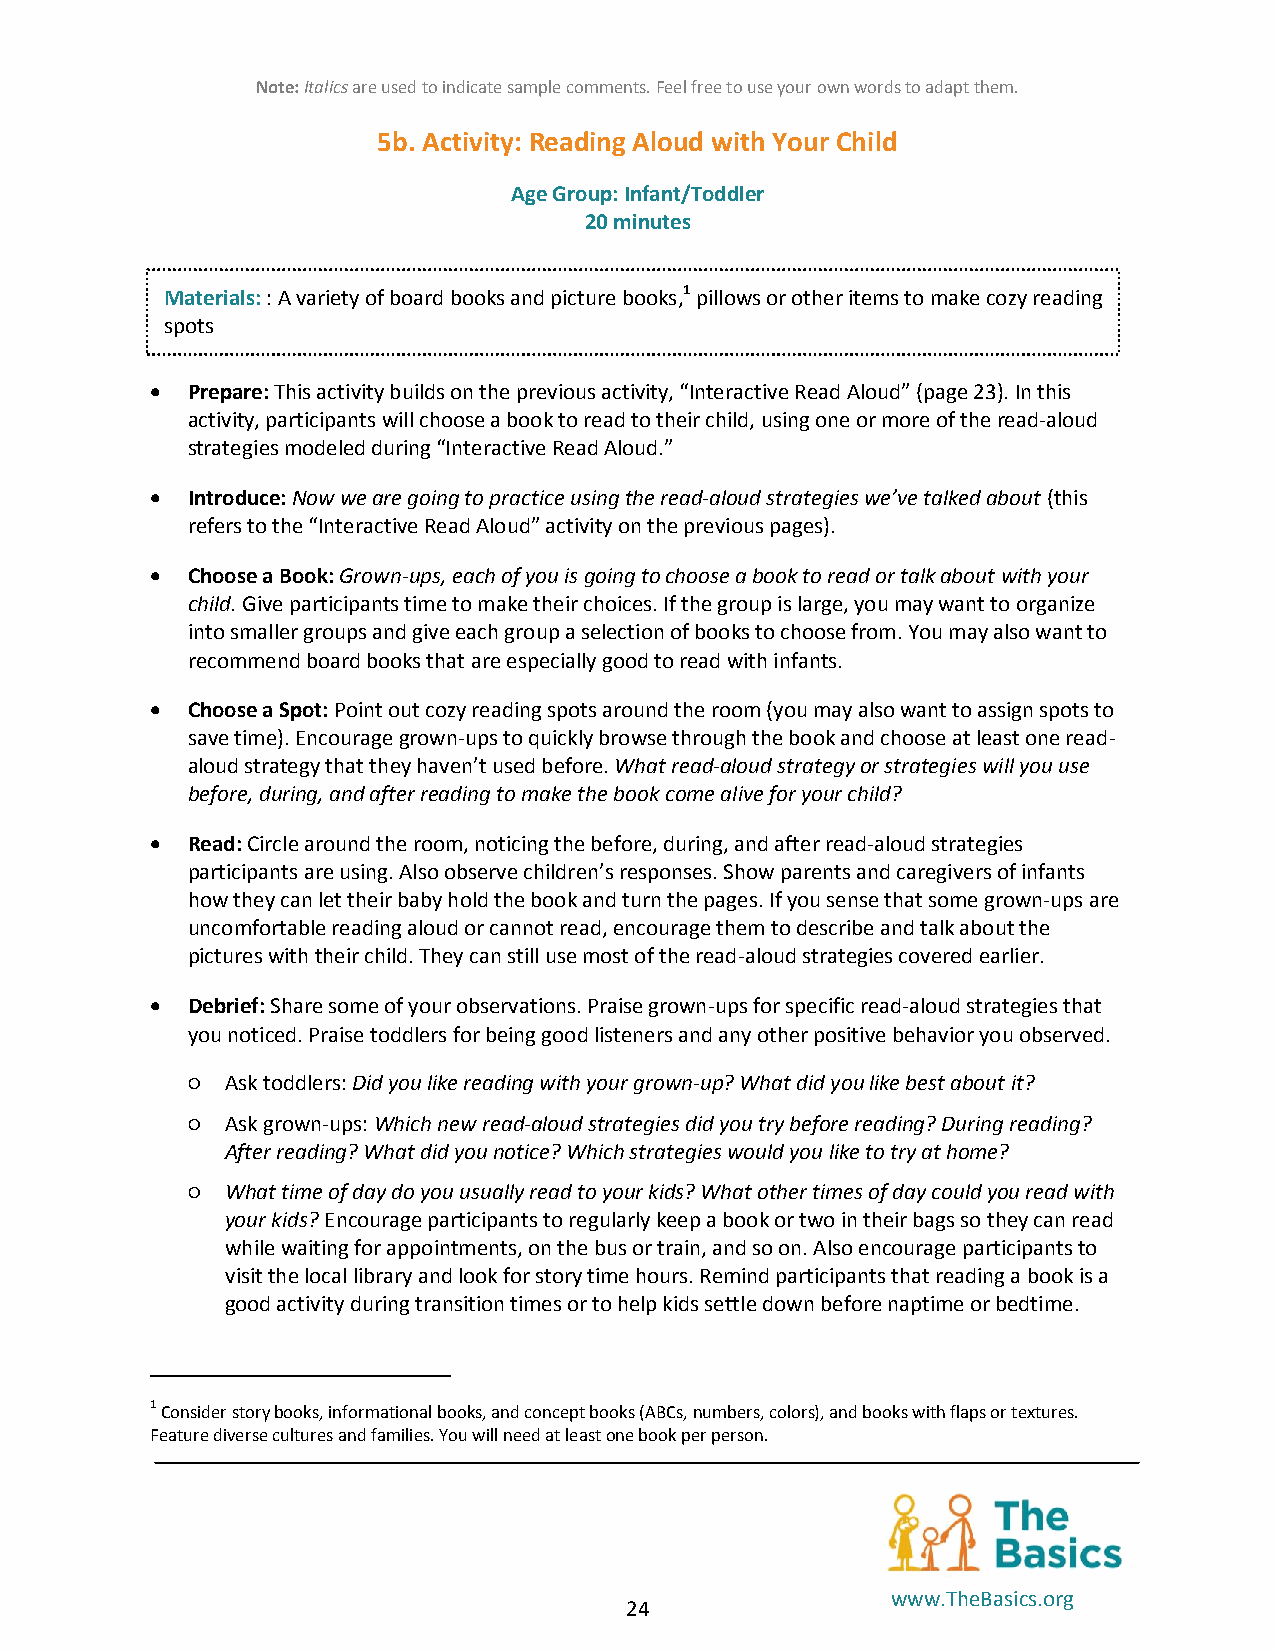
Note: Italics are used to indicate sample comments. Feel free to use your own words to adapt them.
 5b. Activity: Reading Aloud with Your Child
 Age Group: Infant/Toddler
 20 minutes
 Materials: : A variety of board books and picture books,1 pillows or other items to make cozy reading
 spots
  Prepare: This activity builds on the previous activity, “Interactive Read Aloud” (page 23). In this
 activity, participants will choose a book to read to their child, using one or more of the read-aloud
 strategies modeled during “Interactive Read Aloud.”
  Introduce: Now we are going to practice using the read-aloud strategies we’ve talked about (this
 refers to the “Interactive Read Aloud” activity on the previous pages).
  Choose a Book: Grown-ups, each of you is going to choose a book to read or talk about with your
 child. Give participants time to make their choices. If the group is large, you may want to organize
 into smaller groups and give each group a selection of books to choose from. You may also want to
 recommend board books that are especially good to read with infants.
  Choose a Spot: Point out cozy reading spots around the room (you may also want to assign spots to
 save time). Encourage grown-ups to quickly browse through the book and choose at least one read-
 aloud strategy that they haven’t used before. What read-aloud strategy or strategies will you use
 before, during, and after reading to make the book come alive for your child?
  Read: Circle around the room, noticing the before, during, and after read-aloud strategies
 participants are using. Also observe children’s responses. Show parents and caregivers of infants
 how they can let their baby hold the book and turn the pages. If you sense that some grown-ups are
 uncomfortable reading aloud or cannot read, encourage them to describe and talk about the
 pictures with their child. They can still use most of the read-aloud strategies covered earlier.
  Debrief: Share some of your observations. Praise grown-ups for specific read-aloud strategies that
 you noticed. Praise toddlers for being good listeners and any other positive behavior you observed.
 ○  Ask toddlers: Did you like reading with your grown-up? What did you like best about it?
 ○  Ask grown-ups: Which new read-aloud strategies did you try before reading? During reading?
 After reading? What did you notice? Which strategies would you like to try at home?
 ○  What time of day do you usually read to your kids? What other times of day could you read with
 your kids? Encourage participants to regularly keep a book or two in their bags so they can read
 while waiting for appointments, on the bus or train, and so on. Also encourage participants to
 visit the local library and look for story time hours. Remind participants that reading a book is a
 good activity during transition times or to help kids settle down before naptime or bedtime.
 1 Consider story books, informational books, and concept books (ABCs, numbers, colors), and books with flaps or textures.
 Feature diverse cultures and families. You will need at least one book per person.
 www.TheBasics.org
 24